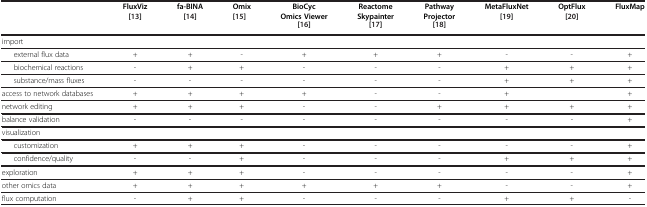
<table><thead><tr><td><b> </b></td><td><b>FluxViz [13]</b></td><td><b>fa-BINA [14]</b></td><td><b>Omix [15]</b></td><td><b>BioCyc Omics Viewer [16]</b></td><td><b>Reactome Skypainter [17]</b></td><td><b>Pathway Projector [18]</b></td><td><b>MetaFluxNet [19]</b></td><td><b>OptFlux [20]</b></td><td><b>FluxMap</b></td></tr></thead><tbody><tr><td>import</td><td> </td><td> </td><td> </td><td> </td><td> </td><td> </td><td> </td><td> </td><td> </td></tr><tr><td>external flux data</td><td>+</td><td>+</td><td>-</td><td>+</td><td>+</td><td>+</td><td>-</td><td>-</td><td>+</td></tr><tr><td>biochemical reactions</td><td>-</td><td>+</td><td>+</td><td>-</td><td>-</td><td>-</td><td>+</td><td>+</td><td>+</td></tr><tr><td>substance/mass fluxes</td><td>-</td><td>-</td><td>-</td><td>-</td><td>-</td><td>-</td><td>+</td><td>+</td><td>+</td></tr><tr><td>access to network databases</td><td>+</td><td>+</td><td>+</td><td>+</td><td>-</td><td>-</td><td>+</td><td> </td><td>+</td></tr><tr><td>network editing</td><td>+</td><td>+</td><td>+</td><td>-</td><td>-</td><td>+</td><td>+</td><td>+</td><td>+</td></tr><tr><td>balance validation</td><td>-</td><td>-</td><td>-</td><td>-</td><td>-</td><td>-</td><td>-</td><td>-</td><td>+</td></tr><tr><td>visualization</td><td> </td><td> </td><td> </td><td> </td><td> </td><td> </td><td> </td><td> </td><td> </td></tr><tr><td>customization</td><td>+</td><td>+</td><td>+</td><td>-</td><td>-</td><td>-</td><td>-</td><td>-</td><td>+</td></tr><tr><td>confidence/quality</td><td>-</td><td>-</td><td>+</td><td>-</td><td>-</td><td>-</td><td>+</td><td>+</td><td>+</td></tr><tr><td>exploration</td><td>+</td><td>+</td><td>+</td><td>-</td><td>-</td><td>-</td><td>-</td><td>-</td><td>+</td></tr><tr><td>other omics data</td><td>+</td><td>+</td><td>+</td><td>+</td><td>+</td><td>+</td><td>-</td><td>-</td><td>+</td></tr><tr><td>flux computation</td><td>-</td><td>+</td><td>+</td><td>-</td><td>-</td><td>-</td><td>+</td><td>+</td><td>-</td></tr></tbody></table>